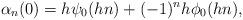
LaTeX: \begin{align*}\alpha_n(0) = h \psi_0 (hn) + (-1)^n h \phi_0 (hn),\end{align*}